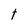
Character: t